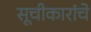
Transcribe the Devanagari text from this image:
सूचीकारांचे